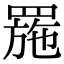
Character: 𦋤